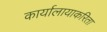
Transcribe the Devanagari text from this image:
कार्यालायाकरिता